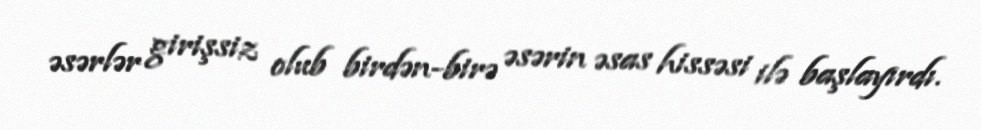
əsərlər girişsiz olub birdən-birə əsərin əsas hissəsi ilə başlayırdı.